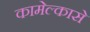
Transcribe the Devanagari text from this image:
कामेल्कासे